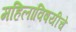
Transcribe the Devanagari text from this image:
महिलांविषयीचे